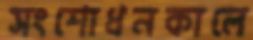
সংশোধনকালে